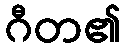
ဂီတ၏